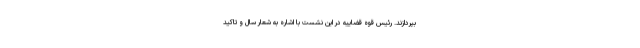
بپردازند. رئیس قوه قضاییه در این نشست با اشاره به شعار سال و تاکید